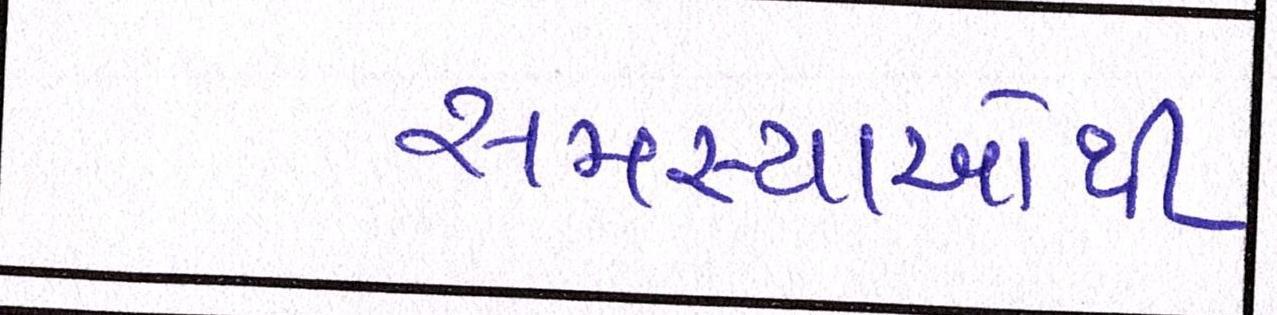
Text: સમસ્યાઓથી